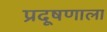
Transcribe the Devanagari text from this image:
प्रदूषणाला